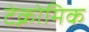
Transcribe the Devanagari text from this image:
टेक्नोमिक